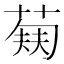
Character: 𬝥